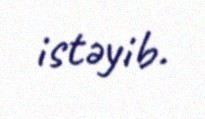
istəyib.